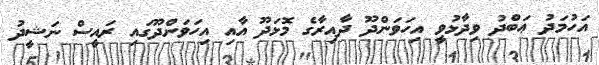
އަހުމަދު ޢަބްދު ވިދާޅުވީ އިހަވަންދޫ ދާއިރާގެ މޮޅަދޫ އާއި އިހަވަންދޫގައި ރައީސް ނަޝީދު